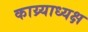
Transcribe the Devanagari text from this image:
काय्र्याध्यक्ष